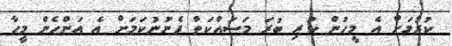
ކުރުމަށް އެ މީހުން ކުރި ބުރަ މަސައްކަތް ފެނުނުކަމަށް އެ އަންހެން މީހާ